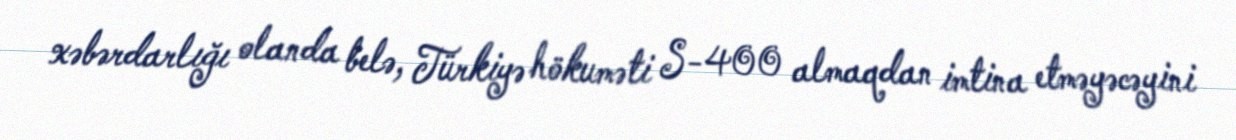
xəbərdarlığı olanda belə, Türkiyə hökuməti S-400 almaqdan imtina etməyəcəyini